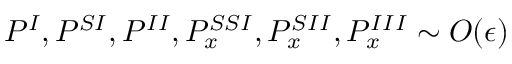
P ^ { I } , P ^ { S I } , P ^ { I I } , P _ { x } ^ { S S I } , P _ { x } ^ { S I I } , P _ { x } ^ { I I I } \sim { \cal O } ( \epsilon )